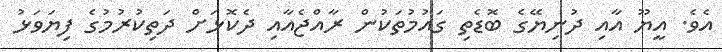
އެވެ. އީޔޫ އާއި ދުނިޔޭގެ ބޮޑެތި ގައުމުތަކުން ރާއްޖެއާއި ދެކޮޅަށް ދަތިކުރުމުގެ ފިޔަވަޅު